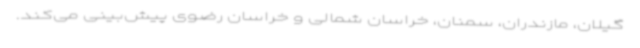
گیلان، مازندران، سمنان، خراسان شمالی و خراسان رضوی پیش‌بینی می‌کند.